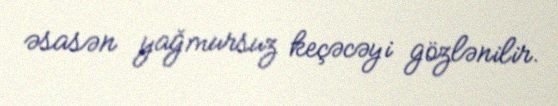
əsasən yağmursuz keçəcəyi gözlənilir.